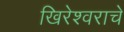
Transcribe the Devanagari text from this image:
खिरेश्वराचे